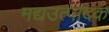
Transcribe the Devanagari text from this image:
मद्यउत्पादक